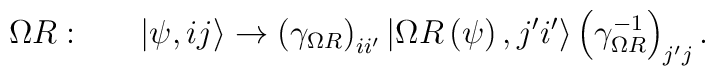
\Omega R: \;\;\;\;\;\; \left| \psi,ij\right> \rightarrow \left(  \gamma_{\Omega R}\right)_{i i^\prime} \left| \Omega  R\left(\psi\right) , j^\prime   i^\prime\right> \left( \gamma_{\Omega R} ^{-1}\right)_{j^\prime j} .